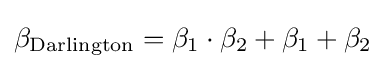
\beta _{\mathrm {Darlington} }=\beta _{1}\cdot \beta _{2}+\beta _{1}+\beta _{2}